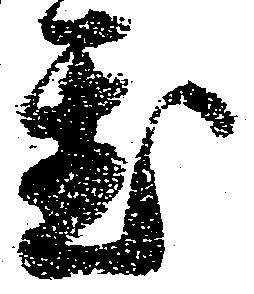
置